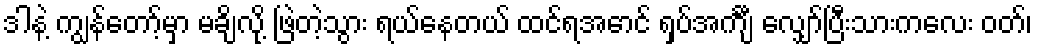
ဒါနဲ့ ကျွန်တော့်မှာ မချိလို့ ဖြဲတဲ့သွား ရယ်နေတယ် ထင်ရအောင် ရှပ်အင်္ကျီ လျှော်ပြီးသားကလေး ဝတ်၊